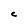
Character: C